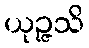
ယုဉ္ဇသိ